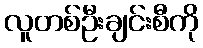
လူတစ်ဦးချင်းစီကို